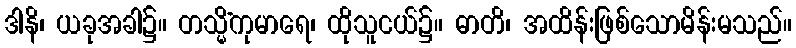
ဒါနိ၊ ယခုအခါ၌။ တသ္မိံကုမာရေ၊ ထိုသူငယ်၌။ ဓာတိ၊ အထိန်းဖြစ်သောမိန်းမသည်။